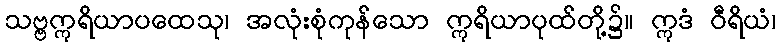
သဗ္ဗဣရိယာပထေသု၊ အလုံးစုံကုန်သော ဣရိယာပုထ်တို့၌။ ဣဒံ ဝီရိယံ၊